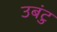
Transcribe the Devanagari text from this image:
उबंटु